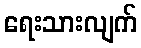
ရေးသားလျက်